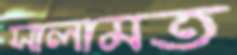
সালামত